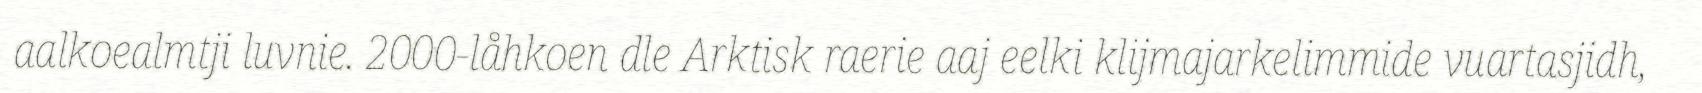
aalkoealmtji luvnie. 2000-låhkoen dle Arktisk raerie aaj eelki klijmajarkelimmide vuartasjidh,